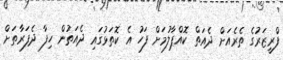
ފްރީޒަރުގެ ތެރެއަށް ދެއަތް ކޮއްޕާލުމަށް ފަހު އެ ކޮތަޅުގައި ދެއަތުން ހިފާ ދެފަރާތަށް